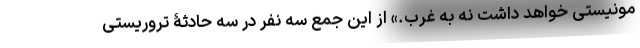
مونیستی خواهد داشت نه به غرب.» از این جمع سه نفر در سه حادثۀ تروریستی